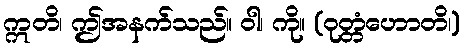
ဣတိ၊ ဤအနက်သည်။ ဝါ၊ ကို။ (ဝုတ္တံဟောတိ၊)